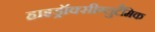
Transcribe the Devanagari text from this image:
हाइड्रॉक्सीग्लुटैमिक